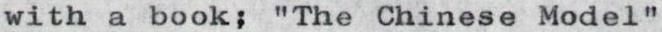
with a book; "The Chinese Model"